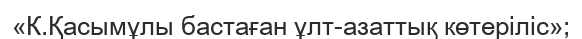
«К.Қасымұлы бастаған ұлт-азаттық көтеріліс»;